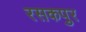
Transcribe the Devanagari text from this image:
रसकपुर